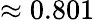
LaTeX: \approx 0.801